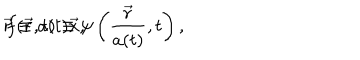
\vec { r } \equiv a ( t ) \vec { x } , \hspace { 1 c m } f ( \vec { r } , t ) \equiv \psi \left( \frac { \vec { r } } { a ( t ) } , t \right) ,